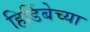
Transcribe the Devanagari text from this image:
हिडिंबेच्या